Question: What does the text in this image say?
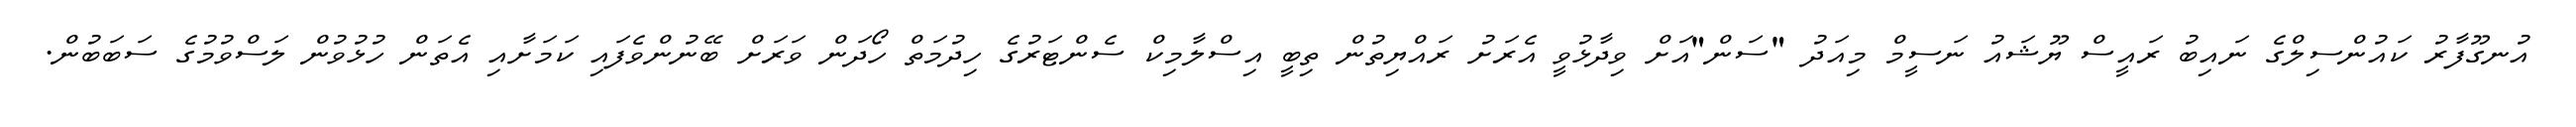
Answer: އުނގޫފާރު ކައުންސިލްގެ ނައިބު ރައީސް ޔޫޝައު ނަސީމް މިއަދު "ސަން"އަށް ވިދާޅުވީ އެރަށު ރައްޔިތުން ތިބީ އިސްލާމިކް ސެންޓަރުގެ ހިދުމަތް ހޯދަން ވަރަށް ބޭނުންވެފައި ކަމަށާއި އެތަން ހުޅުވުން ލަސްވުމުގެ ސަބަބުން.